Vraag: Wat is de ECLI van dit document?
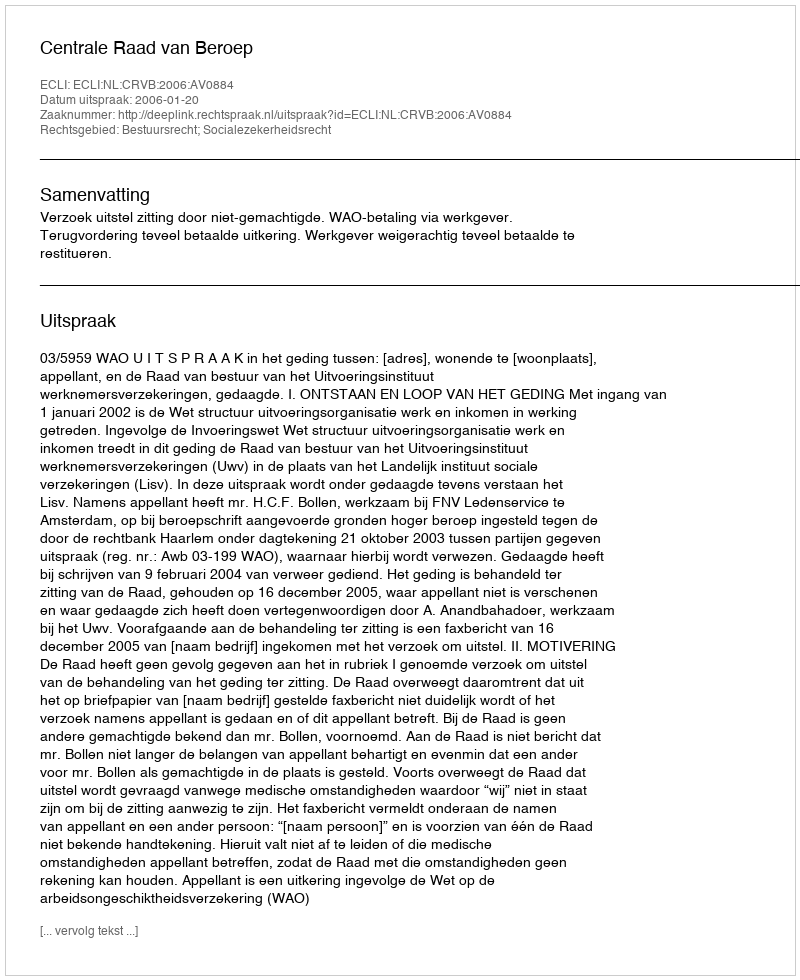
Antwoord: ECLI:NL:CRVB:2006:AV0884